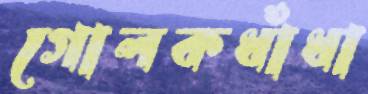
গোলকধাঁধা